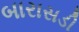
બારાસડી